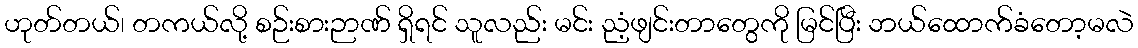
ဟုတ်တယ်၊ တကယ်လို့ စဉ်းစားဉာဏ် ရှိရင် သူလည်း မင်း ညံ့ဖျင်းတာတွေကို မြင်ပြီး ဘယ်ထောက်ခံတော့မလဲ